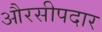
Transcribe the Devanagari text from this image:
औरसीपदार